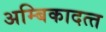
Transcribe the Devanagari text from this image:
अम्बिकादत्‍त